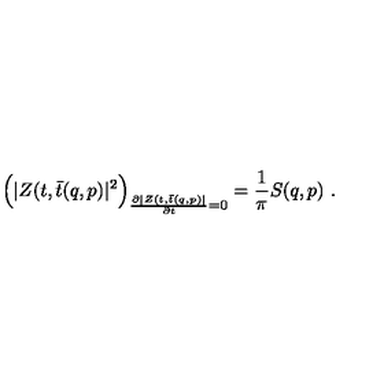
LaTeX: \Bigl ( | Z ( t , \bar { t } ( q , p ) | ^ { 2 } \Bigr ) _ { { \frac { \partial | Z ( t , \bar { t } ( q , p ) | } { \partial t } } = 0 } = { \frac { 1 } { \pi } } S ( q , p ) \ .